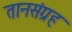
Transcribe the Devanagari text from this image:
तानसंग्रह